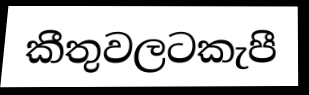
කීතුවලටකැපී